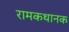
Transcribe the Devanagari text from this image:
रामकथानक